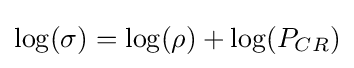
\log(\sigma )=\log(\rho )+\log(P_{CR})